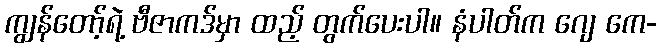
ကျွန်တော့်ရဲ့ ဗီဇာကဒ်မှာ ထည့် တွက်ပေးပါ။ နံပါတ်က ဂျေ ကေ-